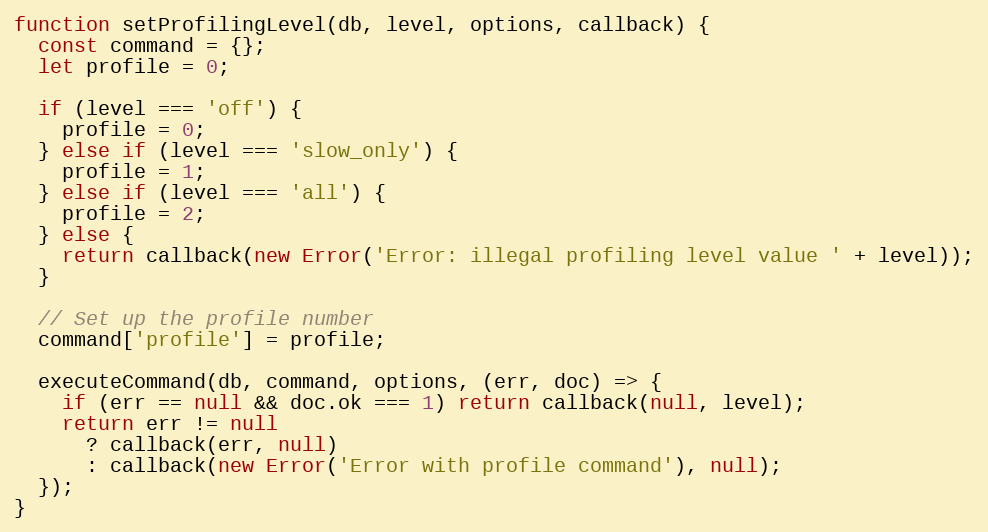
Language: JavaScript
function setProfilingLevel(db, level, options, callback) {
  const command = {};
  let profile = 0;

  if (level === 'off') {
    profile = 0;
  } else if (level === 'slow_only') {
    profile = 1;
  } else if (level === 'all') {
    profile = 2;
  } else {
    return callback(new Error('Error: illegal profiling level value ' + level));
  }

  // Set up the profile number
  command['profile'] = profile;

  executeCommand(db, command, options, (err, doc) => {
    if (err == null && doc.ok === 1) return callback(null, level);
    return err != null
      ? callback(err, null)
      : callback(new Error('Error with profile command'), null);
  });
}